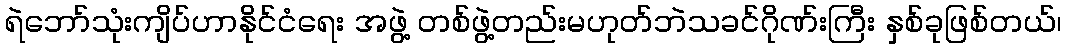
ရဲဘော်သုံးကျိပ်ဟာနိုင်ငံရေး အဖွဲ့ တစ်ဖွဲ့တည်းမဟုတ်ဘဲသခင်ဂိုဏ်းကြီး နှစ်ခုဖြစ်တယ်၊